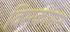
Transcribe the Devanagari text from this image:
विसकांसन